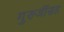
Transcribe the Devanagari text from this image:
गुरुजींसह